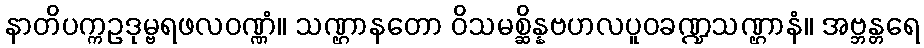
နာတိပက္ကဥဒုမ္ဗရဖလဝဏ္ဏံ။ သဏ္ဌာနတော ဝိသမစ္ဆိန္နဗဟလပူဝခဏ္ဍသဏ္ဌာနံ။ အဗ္ဘန္တရေ